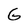
Character: G